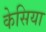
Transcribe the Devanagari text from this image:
केसिया